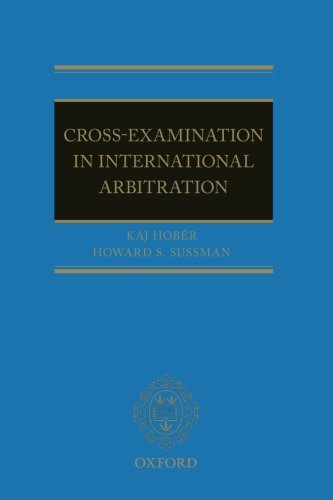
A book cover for Cross-Examination in International Arbitration; Kaj HobÃ©r; Law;